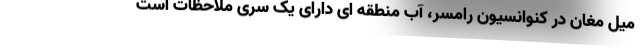
میل مغان در کنوانسیون رامسر، آب منطقه ای دارای یک سری ملاحظات است